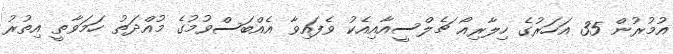
އުމުރުން 35 އަހަރުގެ ހިލާރިއޯ ޗެލްސީއާއިއެކު ވެފައިވާ އެއްބަސްވުމުގެ މުއްދަތު ހަމަވާތީ އިތުރު